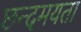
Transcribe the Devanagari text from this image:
छन्दमयता